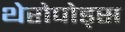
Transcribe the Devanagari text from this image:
थेरोपोड्स